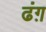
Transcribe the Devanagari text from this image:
ढंग़